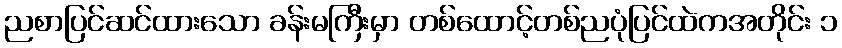
ညစာပြင်ဆင်ထားသော ခန်းမကြီးမှာ တစ်ထောင့်တစ်ညပုံပြင်ထဲကအတိုင်း ၁